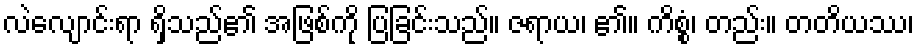
လဲလျောင်းရာ ရှိသည်၏ အဖြစ်ကို ပြခြင်းသည်။ ဇရာယ၊ ၏။ ကိစ္စံ၊ တည်း။ တတိယဿ၊